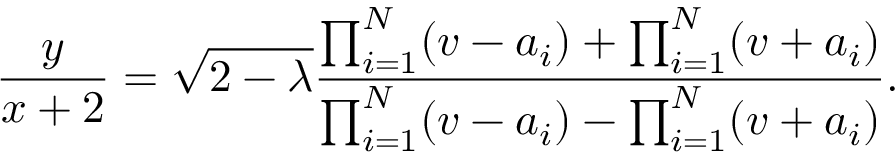
\frac { y } { x + 2 } = \sqrt { 2 - \lambda } \frac { \prod _ { i = 1 } ^ { N } ( v - a _ { i } ) + \prod _ { i = 1 } ^ { N } ( v + a _ { i } ) } { \prod _ { i = 1 } ^ { N } ( v - a _ { i } ) - \prod _ { i = 1 } ^ { N } ( v + a _ { i } ) } .